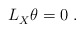
\begin{align*} L_X^{} \theta = 0~.\end{align*}